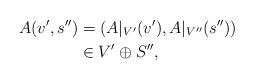
LaTeX: \begin{align*}A(v',s'') &= (A|_{V'}(v'),A|_{V''}(s'')) \\&\in V'\oplus S'' ,\end{align*}